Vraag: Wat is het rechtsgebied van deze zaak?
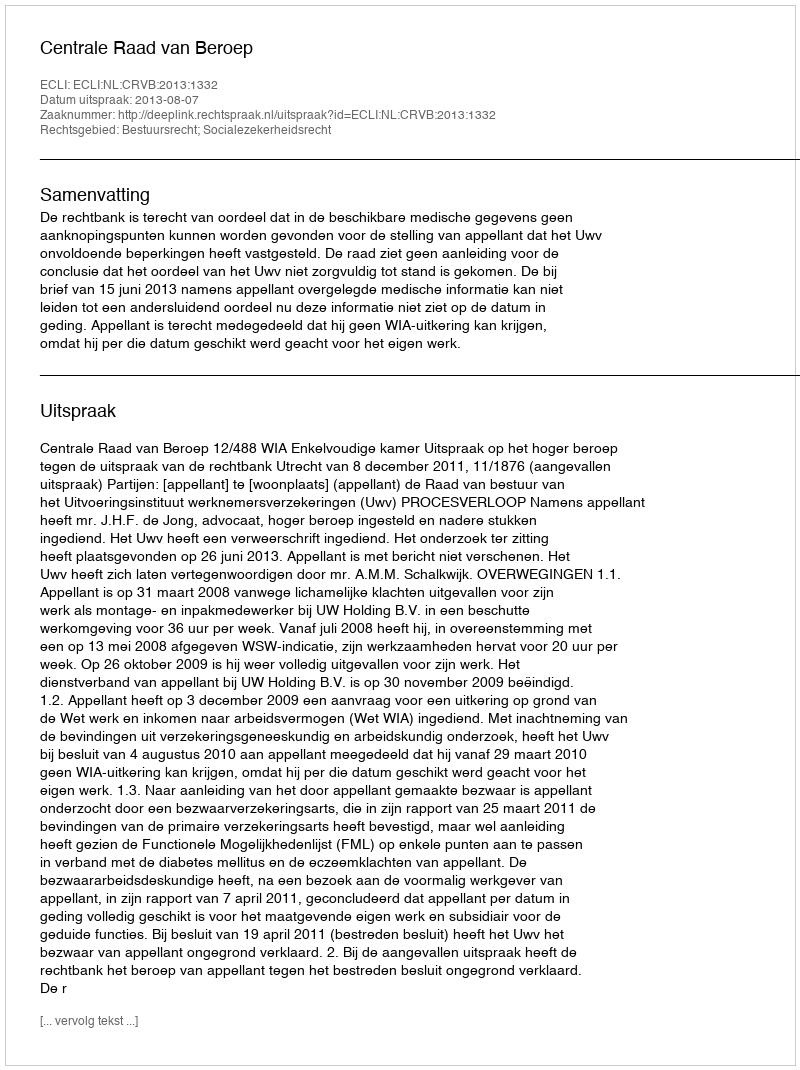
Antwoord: Bestuursrecht; Socialezekerheidsrecht